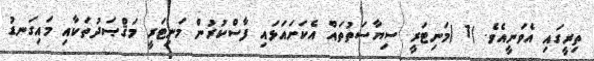
ތިރީގައި އެވަނީއެވެ. )1 )މަނިޓަރީ ސިޔާސަތުތައް އެކަށައަޅައި ފާސްކުރުން މަނިޓަރީ މަޤްޞަދުތަކާއި މައިގަނޑު